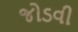
જોડવી